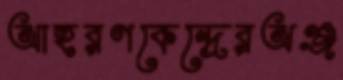
আহরণকেন্দ্রেরঅঞ্জ